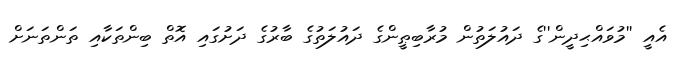
އެއީ ''މުވައްޙިދީން''ގެ ދައުލަތުން މުރާބިޠީންގެ ދައުލަތުގެ ބާރުގެ ދަށުގައި އޮތް ބިންތަކާއި ތަންތަނަށް